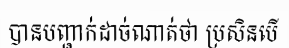
បានបញ្ជាក់ដាច់ណាត់ថា ប្រសិនបើ